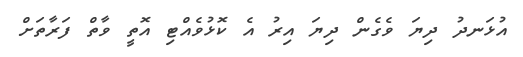
އުޅަނދު ދިޔަ ވެގެން ދިޔަ އިރު އެ ކޮޅުވެއްޓި އޮތީ ވާތް ފަރާތަށް